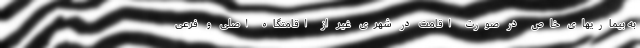
به بیماریهای خاص در صورت اقامت در شهری غیر از اقامتگاه اصلی و فرعی